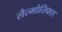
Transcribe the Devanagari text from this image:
लैत्मोतिफ्स